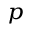
_ p